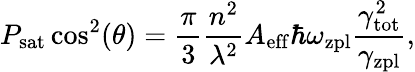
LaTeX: P_{\mathrm{sat}}\cos^{2}(\theta)=\frac{\pi}{3}\frac{n^{2}}{\lambda^{2}}A_{\mathrm{eff}}\hbar\omega_{\mathrm{zpl}}\frac{\gamma_{\mathrm{tot}}^{2}}{\gamma_{\mathrm{zpl}}},